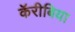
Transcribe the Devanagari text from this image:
कॅरीबिया